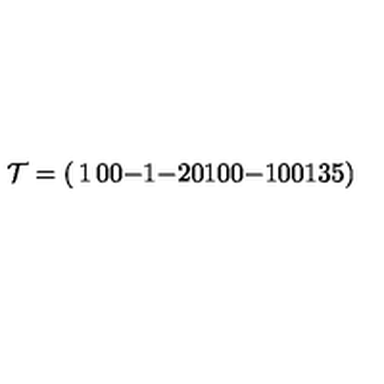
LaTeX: { \cal T } = \left( \begin{matrix} { 1 } & { 0 } & { 0 } & { - 1 } & { - 2 } \\ { 0 } & { 1 } & { 0 } & { 0 } & { - 1 } \\ { 0 } & { 0 } & { 1 } & { 3 } & { 5 } \\ \end{matrix} \right)